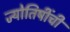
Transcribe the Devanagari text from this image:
ज्योतिषींची